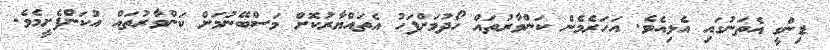
ޑިންގީ އެތަނުގައި އެޅިއެވެ. އަހަރެމެން ކަންވާރުތައް ހޯދުމަށްފަހު އެތައްޔާރުކޮށް މަސްބޭނުމަށް ކަންވާރުތައް އުކަންފެށީމެވެ.